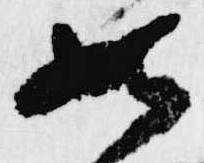
如